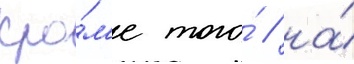
Кро́м'е того́ / на́